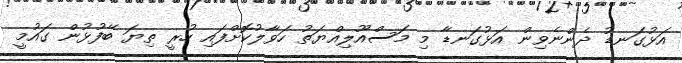
އަޅުގަނޑު ދެންނެވިން އަޅުގަނޑާ މި މަސްއޫލިއްޔަތު ހަވާލުކޮށްފައި ހުރީ ތިޔަ ބޭފުޅުން ގައުމީ